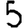
Digit: 5